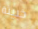
خبيثة